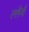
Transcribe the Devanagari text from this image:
ल्लेर्ना